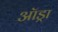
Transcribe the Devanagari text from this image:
ऑड्रा